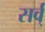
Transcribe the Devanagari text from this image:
सर्व्